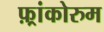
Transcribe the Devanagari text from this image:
फ़्रांकोरुम